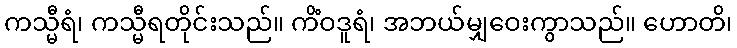
ကသ္မီရံ၊ ကသ္မီရတိုင်းသည်။ ကိံဝဒူရံ၊ အဘယ်မျှဝေးကွာသည်။ ဟောတိ၊